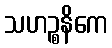
သဟဉ္စနိကေ